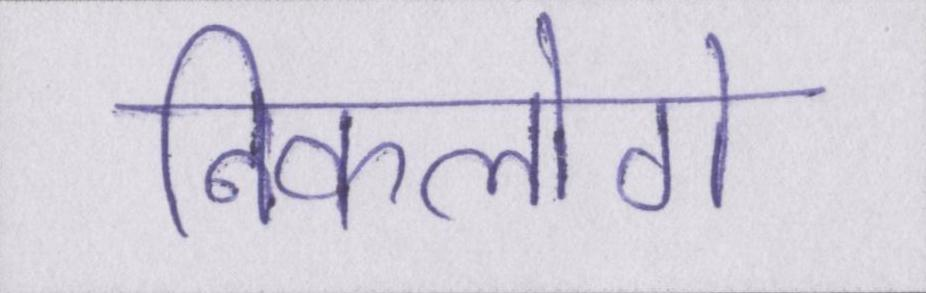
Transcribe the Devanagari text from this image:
निकलोगे